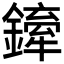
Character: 𨬨